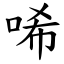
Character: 唏